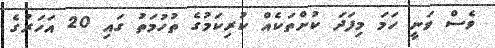
ވެސް ވަނީ ހަމަ މިފަދަ ކުށްތަކެއް ކުރިކަމުގެ ތުހުމަތު ގައި 20 އަހަރުގެ